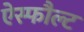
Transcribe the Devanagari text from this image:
ऐस्फौल्ट